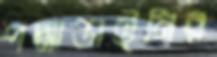
পদ্মাডাইনির